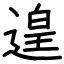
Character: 遑